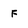
Character: F